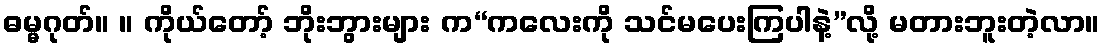
ဓမ္မဂုတ်။ ။ ကိုယ်တော့် ဘိုးဘွားများ က“ကလေးကို သင်မပေးကြပါနဲ့”လို့ မတားဘူးတဲ့လာ။